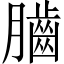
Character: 𦢠